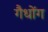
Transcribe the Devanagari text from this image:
गैधोंग